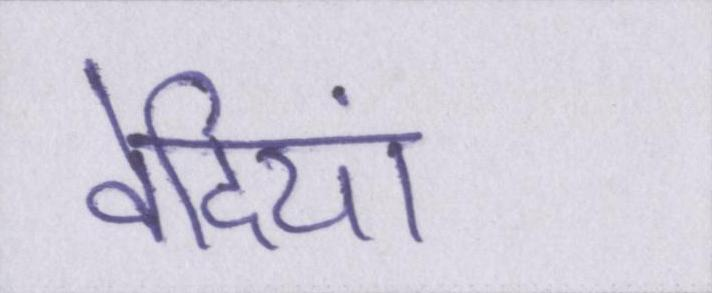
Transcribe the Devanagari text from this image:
वेदियां